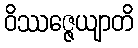
ဝိဿဇ္ဇေယျာတိ